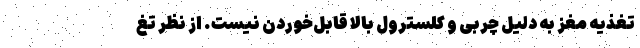
تغذیه مغز به دلیل چربی و کلسترول بالا قابل‌‌خوردن نیست. از نظر تغ